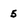
Character: 5